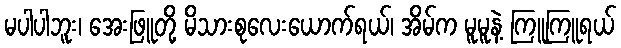
မပါပါဘူး၊ အေးဖြူတို့ မိသားစုလေးယောက်ရယ်၊ အိမ်က မူမူနဲ့ ကြူကြူရယ်